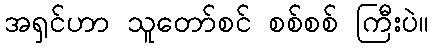
အရှင်ဟာ သူတော်စင် စစ်စစ် ကြီးပဲ။